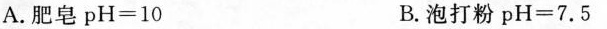
A.肥皂$$p H = 1 0$$ B.泡打粉$$p H = 7 . 5$$